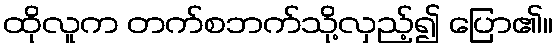
ထိုလူက တက်စဘက်သို့လှည့်၍ ပြော၏။